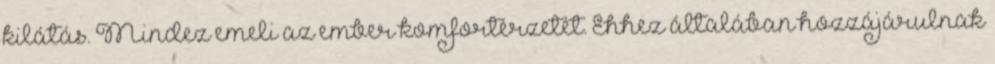
kilátás. Mindez emeli az ember komfortérzetét. Ehhez általában hozzájárulnak